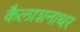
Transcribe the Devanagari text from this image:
कैलाशनाथर